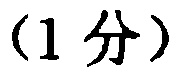
(1 分)